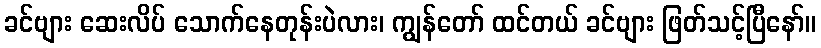
ခင်ဗျား ဆေးလိပ် သောက်နေတုန်းပဲလား၊ ကျွန်တော် ထင်တယ် ခင်ဗျား ဖြတ်သင့်ပြီနော်။